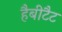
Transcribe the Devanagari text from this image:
हैबीटैट